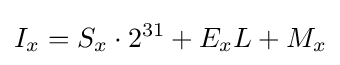
I_{x}=S_{x}\cdot 2^{31}+E_{x}L+M_{x}